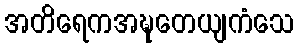
အတိရေကအဍ္ဎတေယျကံသေ